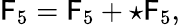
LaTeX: \mathsf{F}_{5}={\cal\mathsf{F}}_{5}+\star{\cal\mathsf{F}}_{5},